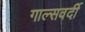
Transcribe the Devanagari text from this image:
गाल्‍सवर्दी